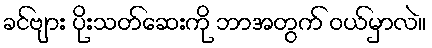
ခင်ဗျား ပိုးသတ်ဆေးကို ဘာအတွက် ဝယ်မှာလဲ။